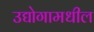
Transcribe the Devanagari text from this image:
उद्योगामधील